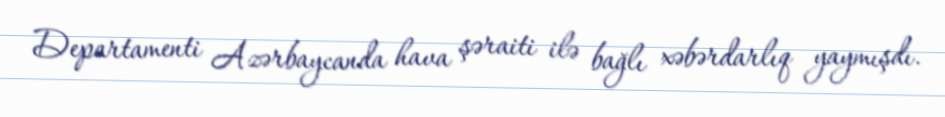
Departamenti Azərbaycanda hava şəraiti ilə bağlı xəbərdarlıq yaymışdı.